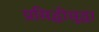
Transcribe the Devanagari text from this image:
प्रसिद्धीसुद्धा